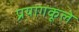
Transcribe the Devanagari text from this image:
प्रयागकूले